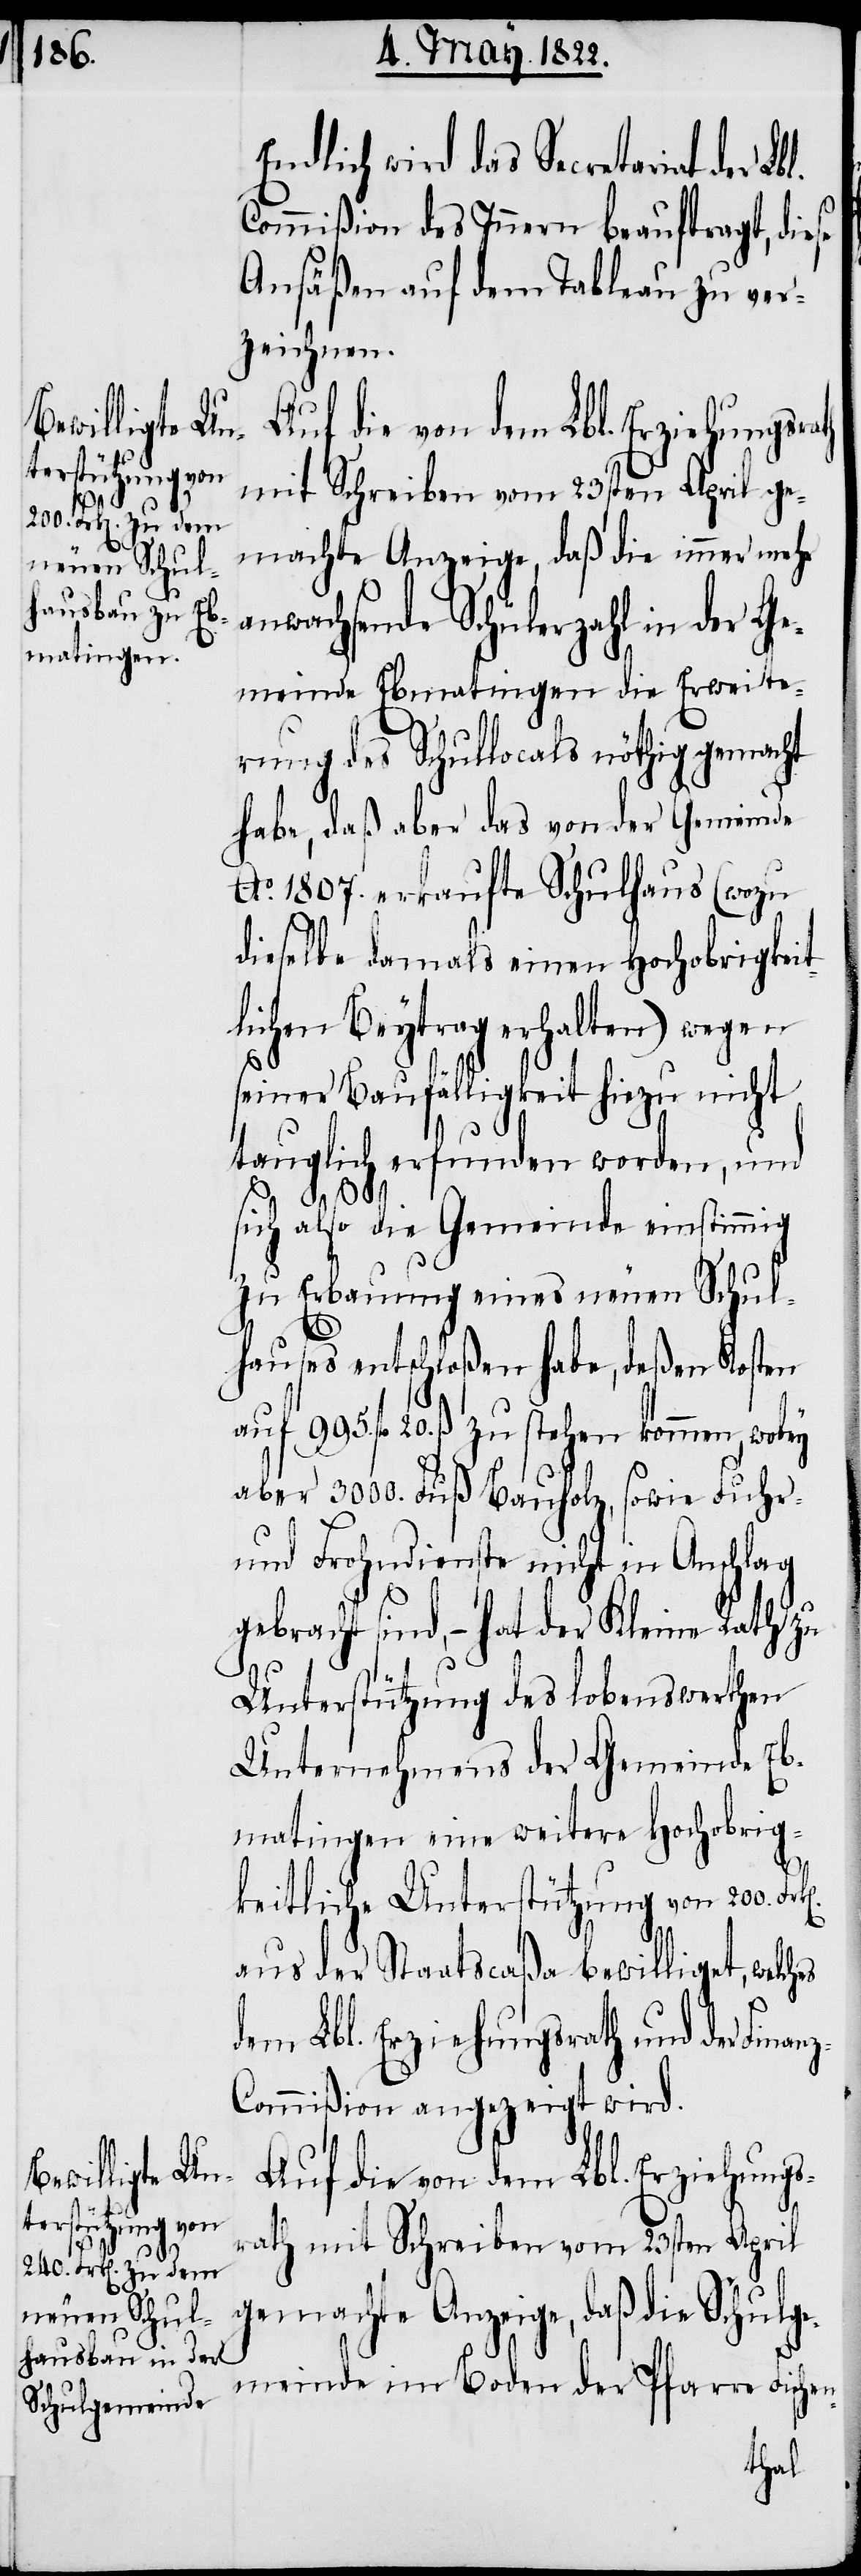
li¬

Endlich wird das Secretariat der L¬
Commißion des Innern beauftragt, diese
Ansäßen auf dem Tableau zu ver¬
zeichnen.
Auf die von dem Lbl. Erziehungsra¬
mit Schreiben vom 23sten April ge¬
machte Anzeige, daß die immer mehr
anwachsende Schülerzahl in der Ge¬
meinde Ebmatingen die Erweite¬
rung des Schullocals nöthig gemacht
habe, daß aber das von der Gemeinde
Ao. 1807. erkaufte Schulhaus (wozu
dieselbe damals einen Hochobrigkeit¬
chen Beytrag erhalten) wegen
seiner Baufälligkeit hiezu nicht
tauglich erfunden worden, und
sich also die Gemeinde einstimmig
zu Erbauung eines neuen Schul¬
hauses entschloßen habe, deßen Kosten
fl. 20. ß zu stehen kommen,
aber 3000. Fuß Bauholz, sowie Fuhr-
und Frohndienste nicht in Anschlag
gebracht sind, – hat der Kleine Rath zu
Unterstützung des lobenswerthen
Unternehmens der Gemeinde Eb¬
matingen eine weitere Hochobrig¬
keitliche Unterstützung von 200.
aus der Staatscaßa bewilliget, welches
dem Lbl. Erziehungsrath und der Finan¬
z-Commißion angezeigt wird.
Auf die von dem Lbl. Erziehungs¬
rath mit Schreiben vom 23sten April
gemachte Anzeige, daß die Schulge¬
th
meinde im Boden der Pfarre Fischen-